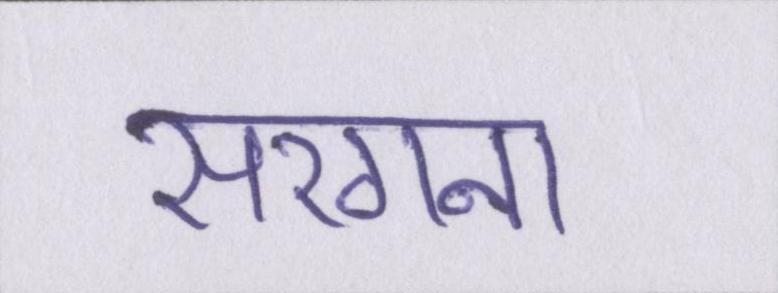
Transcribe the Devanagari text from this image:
सरगना